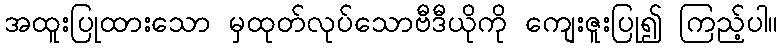
အထူးပြုထားသော မှထုတ်လုပ်သောဗီဒီယိုကို ကျေးဇူးပြု၍ ကြည့်ပါ။